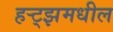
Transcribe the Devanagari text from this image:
हर्‍ट्झमधील